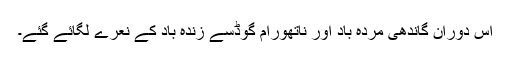
اس دوران گاندھی مردہ باد اور ناتھورام گوڈسے زندہ باد کے نعرے لگائے گئے۔